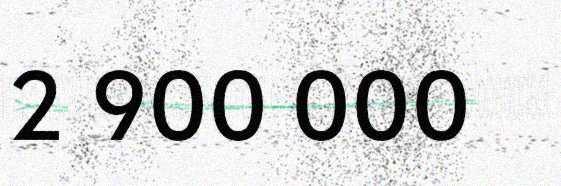
2 900 000